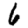
Digit: 6